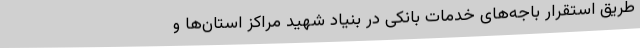
طریق استقرار باجه‌های خدمات بانکی در بنیاد شهید مراکز استان‌ها و